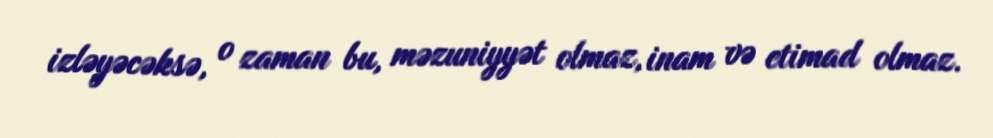
izləyəcəksə, o zaman bu, məzuniyyət olmaz, inam və etimad olmaz.